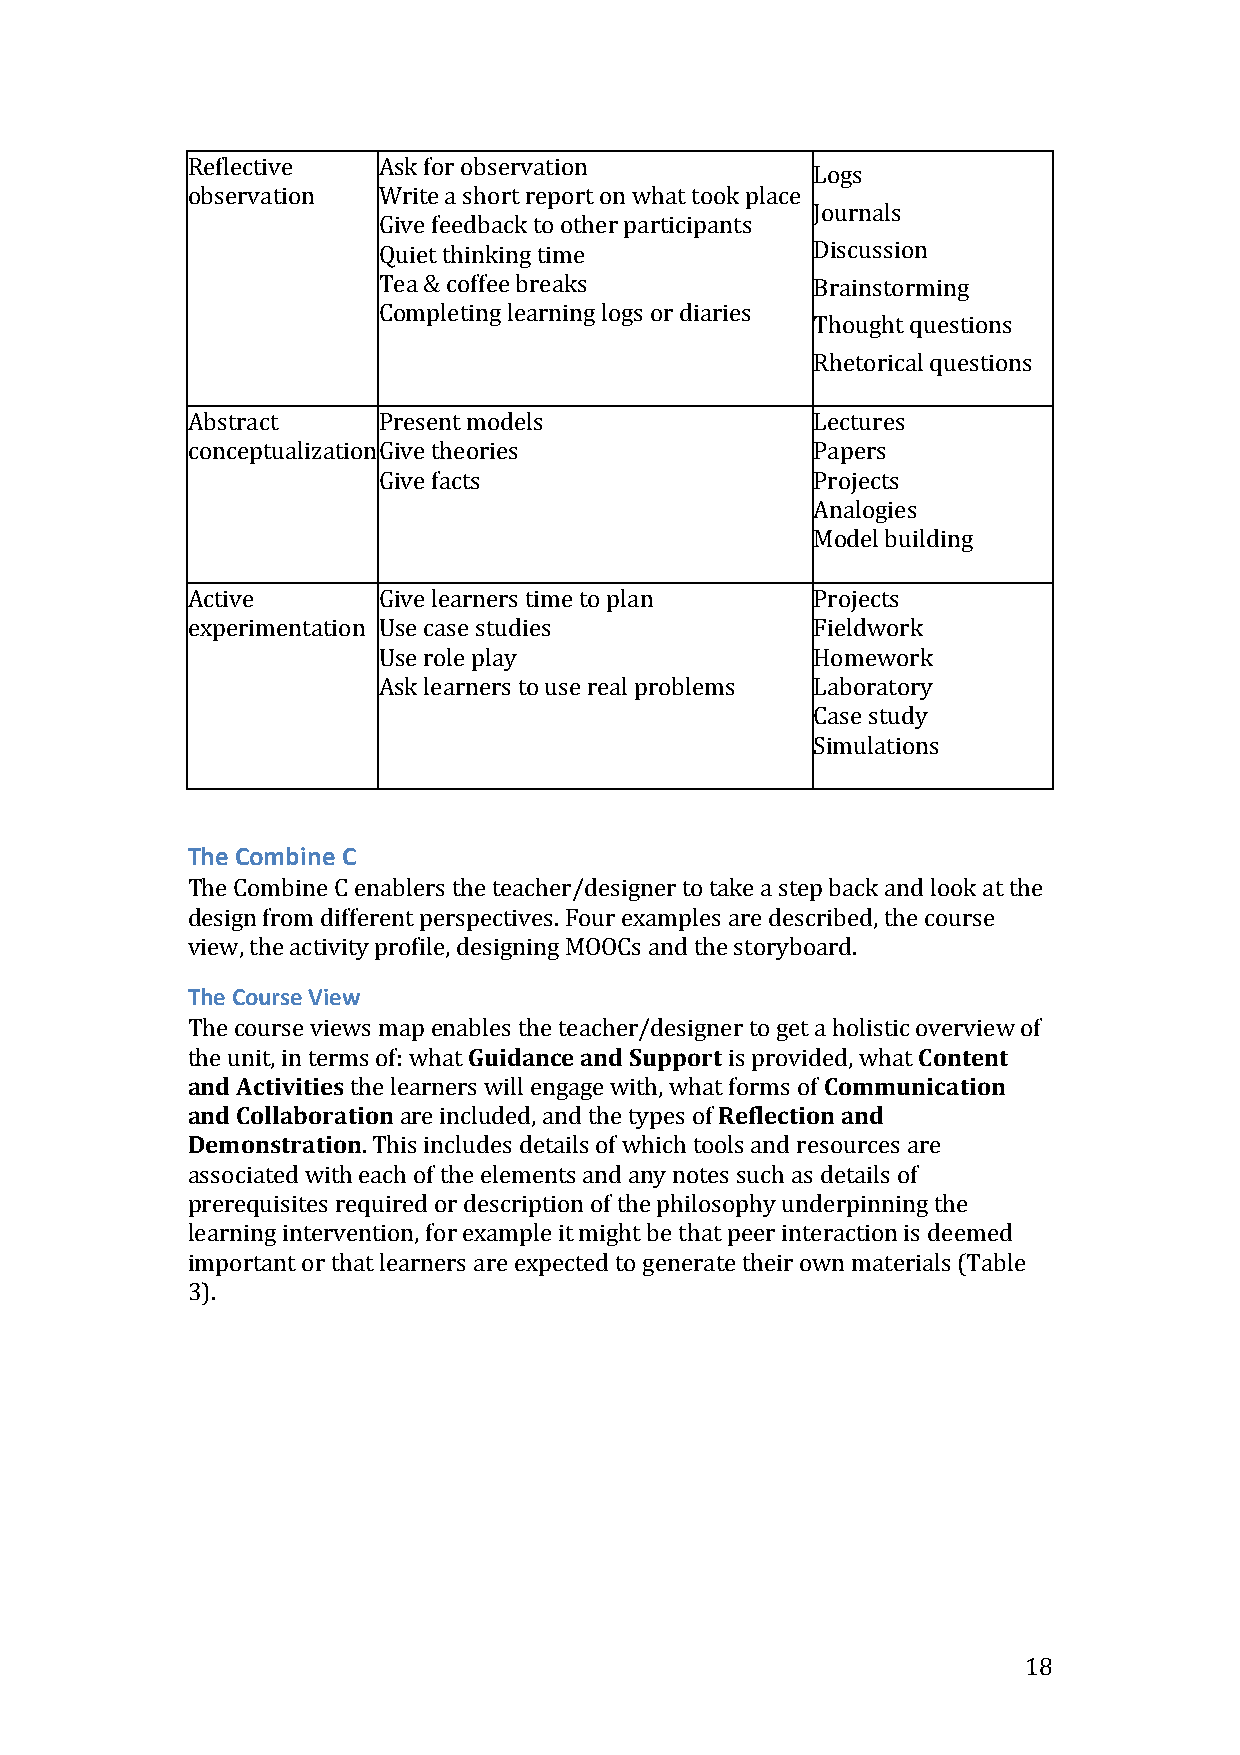
Reflective   Ask for observation
 •  Logs
 observation  Write a short report on what took place
 •  Journals
 Give feedback to other participants
 Quiet thinking time       •  Discussion
 Tea & coffee breaks       •  Brainstorming
 Completing learning logs or diaries
 •  Thought questions
 •  Rhetorical questions
 Abstract     Present models               Lectures
 conceptualization Give theories           Papers
 Give facts                   Projects
 Analogies
 Model building
 Active       Give learners time to plan   Projects
 experimentation Use case studies          Fieldwork
 Use role play                Homework
 Ask learners to use real problems Laboratory
 Case study
 Simulations
 The Combine C
 The Combine C enablers the teacher/designer to take a step back and look at the
 design from different perspectives. Four examples are described, the course
 view, the activity profile, designing MOOCs and the storyboard.
 The Course View
 The course views map enables the teacher/designer to get a holistic overview of
 the unit, in terms of: what Guidance and Support is provided, what Content
 and Activities the learners will engage with, what forms of Communication
 and Collaboration are included, and the types of Reflection and
 Demonstration. This includes details of which tools and resources are
 associated with each of the elements and any notes such as details of
 prerequisites required or description of the philosophy underpinning the
 learning intervention, for example it might be that peer interaction is deemed
 important or that learners are expected to generate their own materials (Table
 3).
 18